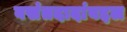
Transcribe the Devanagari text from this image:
वसंतदादांबद्दल